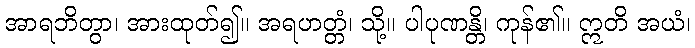
အာရဘိတွာ၊ အားထုတ်၍။ အရဟတ္တံ၊ သို့။ ပါပုဏန္တိ၊ ကုန်၏။ ဣတိ အယံ၊